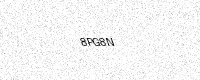
Text: 8PG8N